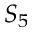
S _ { 5 }